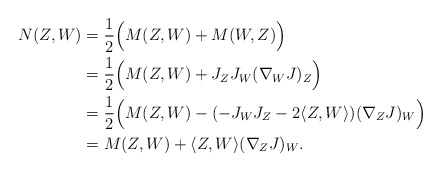
\begin{align*}N(Z,W)&=\frac{1}{2} \Big{(} M(Z,W)+M(W,Z) \Big{)}\\&= \frac{1}{2} \Big{(} M(Z,W)+ J_Z J_W(\nabla_WJ)_Z \Big{)}\\&=\frac{1}{2} \Big{(} M(Z,W)- ( -J_WJ_Z-2 \langle Z,W \rangle ) (\nabla_ZJ)_W \Big{)}\\&=M(Z,W)+ \langle Z,W \rangle (\nabla_ZJ)_W. \end{align*}